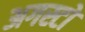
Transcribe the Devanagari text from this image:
अगस्टो